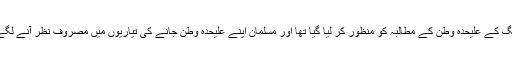
لیگ کے علیحدہ وطن کے مطالبہ کو منظور کر لیا گیا تھا اور مسلمان اپنے علیحدہ وطن جانے کی تیاریوں میں مصروف نظر آنے لگے۔